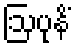
ဩပုနိံ